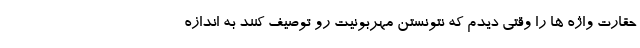
حقارت واژه ها را وقتی دیدم که نتونستن مهربونیت رو توصیف کنند به اندازه